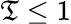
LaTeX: \mathfrak{T}\leq1